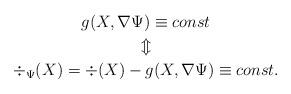
LaTeX: \begin{gather*}g(X,\nabla \Psi) \equiv const\\\Updownarrow\\\div_\Psi(X)=\div(X)-g(X,\nabla \Psi)\equiv const.\end{gather*}